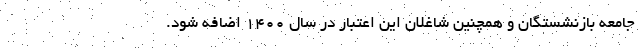
جامعه بازنشستگان و همچنین شاغلان این اعتبار در سال ۱۴۰۰ اضافه شود.